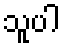
သူပါ